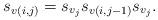
LaTeX: \begin{align*}s_{v(i,j)}=s_{v_j}s_{v(i,j-1)}s_{v_j}.\end{align*}